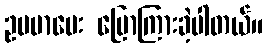
ဥပမာပေး ပြောကြားခဲ့ပါတယ်။